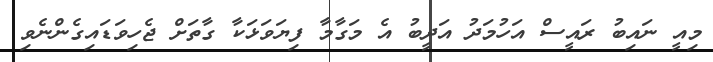
މިއީ ނައިބު ރައީސް އަހުމަދު އަދީބު އެ މަގާމާ ފިޔަވަޅަކާ ގާތަށް ޖެހިވަޑައިގެންނެވި